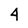
Character: 4